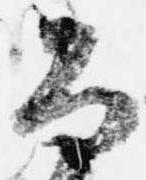
公